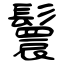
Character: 鬟